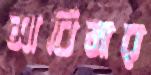
সাবিনার